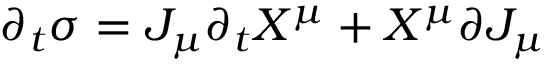
\partial _ { t } \sigma = J _ { \mu } \partial _ { t } X ^ { \mu } + X ^ { \mu } \partial J _ { \mu }